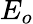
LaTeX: E_{o}